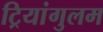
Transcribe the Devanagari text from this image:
ट्रियांगुलम